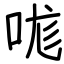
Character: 哤